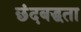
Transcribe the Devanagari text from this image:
छंदबद्धता